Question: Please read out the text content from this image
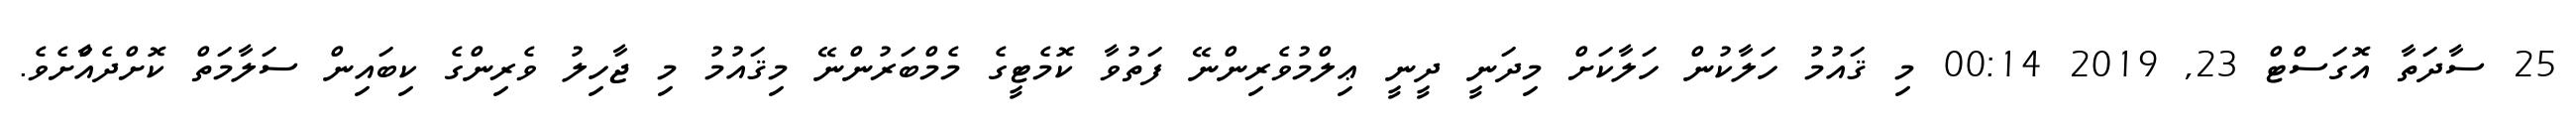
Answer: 25 ސާދަތާ އޮގަސްޓް 23, 2019 00:14 މި ޤައުމު ހަލާކުން ހަލާކަށް މިދަނީ ދީނީ ޢިލްމުވެރިންނޭ ފަތުވާ ކޮމެޓީގެ މެމްބަރުންނޭ މިޤައުމު މި ޖާހިލު ވެރިންގެ ކިބައިން ސަލާމަތް ކޮށްދެއްާށެވެ.